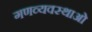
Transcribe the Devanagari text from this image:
गणव्यवस्थाओं